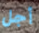
أجل